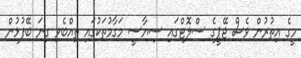
މީގެ އިތުރުން ވެސް ޖޭޕީގެ ސްލޮޓްގައި ސިޔާސީ މަގާމުތަކުގައި ތިއްބެވި ގިނަ ބޭފުޅުން